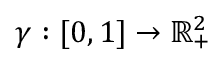
\gamma : [ 0 , 1 ] \to \mathbb { R } _ { + } ^ { 2 }